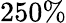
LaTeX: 250\%